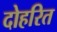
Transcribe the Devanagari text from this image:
दोहरित